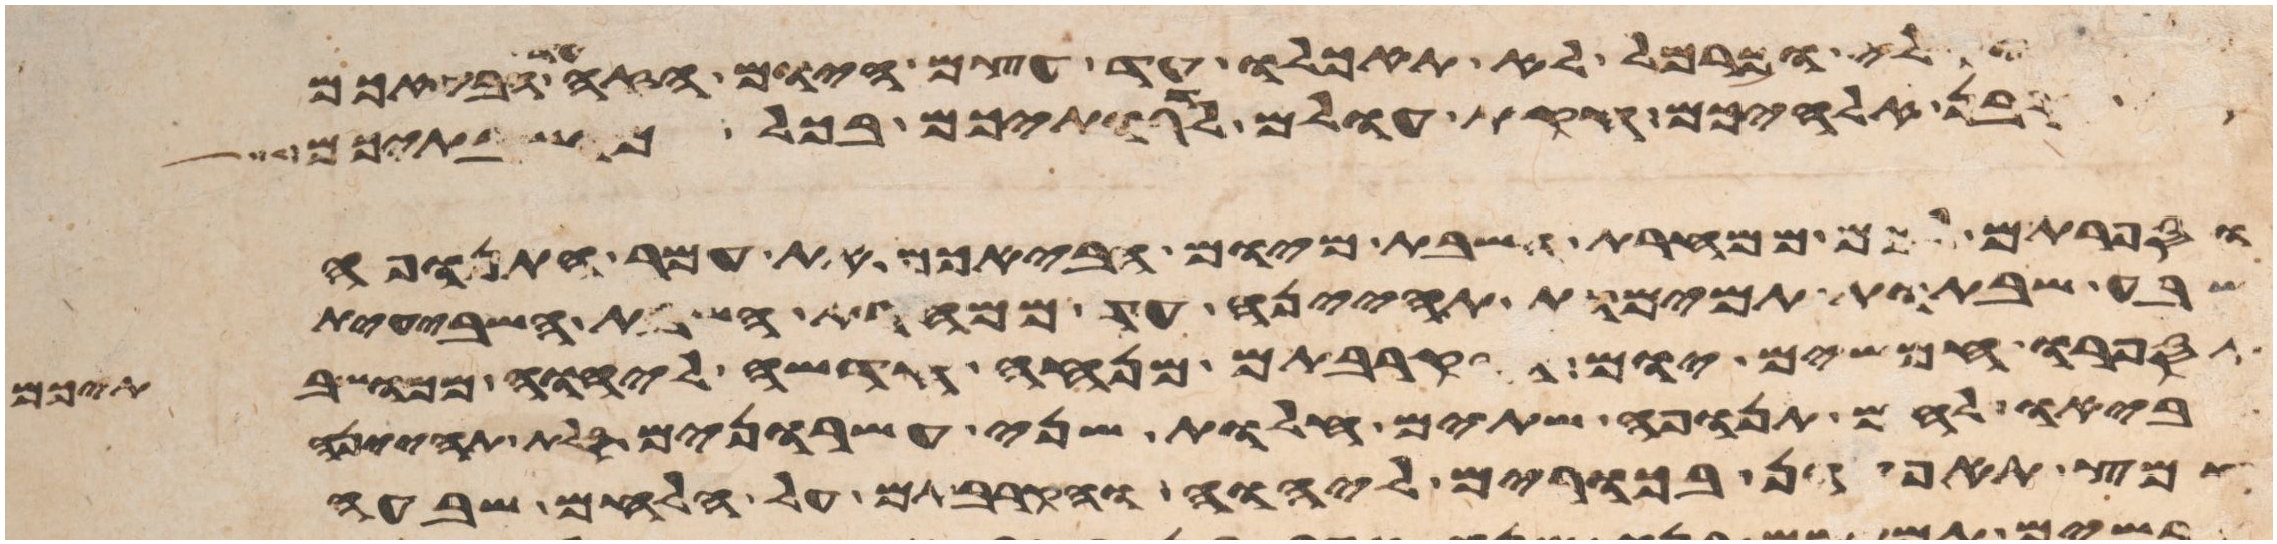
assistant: וקלי וכרמל לא תאכלו עד עצם היום הזה עד הבאכם
קרבן אלהיכם חקת עולם לדרתיכם בכל מושבתיכם
וספרתם לכם ממחרת השבת מיום הבאכם את עמר התנופה
שבע שבתות תמימות תהיינה עד ממחרת השבת השביעית
תספרו חמשים יום והקרבתם מנחה חדשה ליהוה ממושבתיכם
תביאו לחם תנופה שתים חלות שני עשרנים סלת תהינה
חמץ תאפינה בכורים ליהוה והקרבתם על הלחם שבעה